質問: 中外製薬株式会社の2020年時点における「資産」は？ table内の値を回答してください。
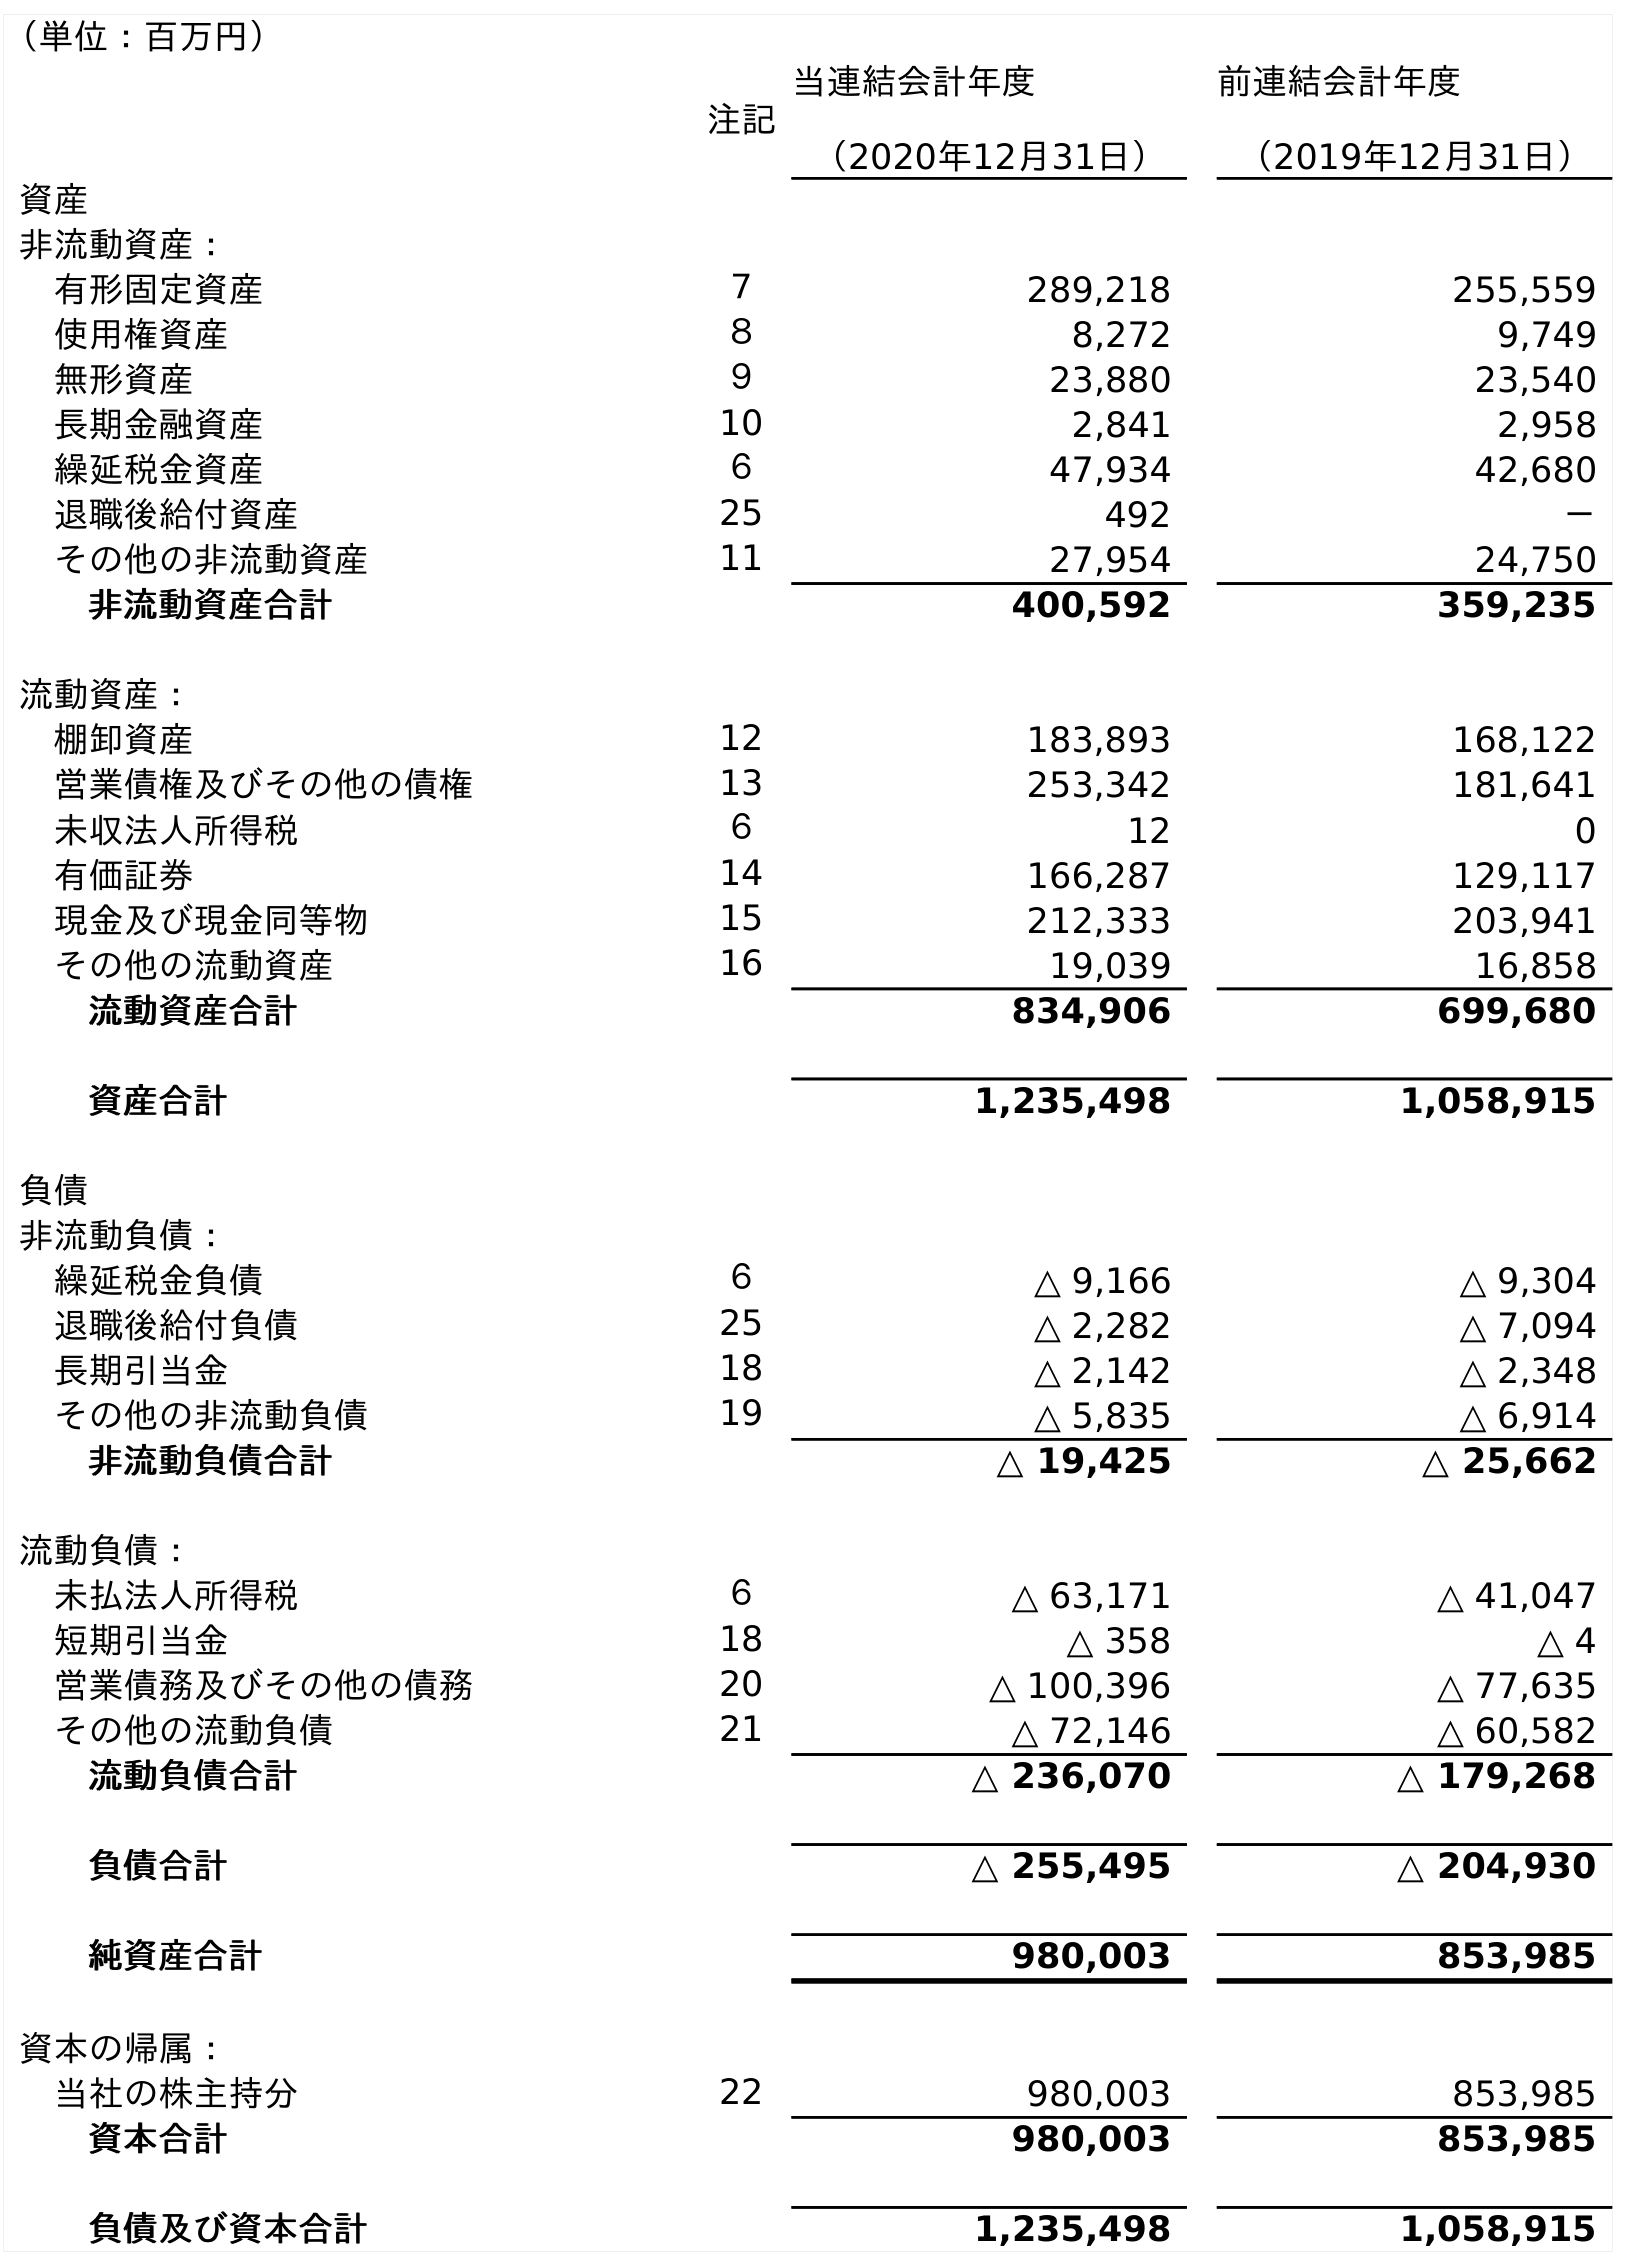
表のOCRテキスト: （単位：百万円） 注記 当連結会計年度 （2020年12月31日） 前連結会計年度 （2019年12月31日） 資産 非流動資産： 有形固定資産 ７ 289,218 255,559 使用権資産 ８ 8,272 9,749 無形資産 ９ 23,880 23,540 長期金融資産 10 2,841 2,958 繰延税金資産 ６ 47,934 42,680 退職後給付資産 25 492 － その他の非流動資産 11 27,954 24,750 非流動資産合計 400,592 359,235 流動資産： 棚卸資産 12 183,893 168,122 営業債権及びその他の債権 13 253,342 181,641 未収法人所得税 ６ 12 0 有価証券 14 166,287 129,117 現金及び現金同等物 15 212,333 203,941 その他の流動資産 16 19,039 16,858 流動資産合計 834,906 699,680 資産合計 1,235,498 1,058,915 負債 非流動負債： 繰延税金負債 ６ △ 9,166 △ 9,304 退職後給付負債 25 △ 2,282 △ 7,094 長期引当金 18 △ 2,142 △ 2,348 その他の非流動負債 19 △ 5,835 △ 6,914 非流動負債合計 △ 19,425 △ 25,662 流動負債： 未払法人所得税 ６ △ 63,171 △ 41,047 短期引当金 18 △ 358 △ 4 営業債務及びその他の債務 20 △ 100,396 △ 77,635 その他の流動負債 21 △ 72,146 △ 60,582 流動負債合計 △ 236,070 △ 179,268 負債合計 △ 255,495 △ 204,930 純資産合計 980,003 853,985 資本の帰属： 当社の株主持分 22 980,003 853,985 資本合計 980,003 853,985 負債及び資本合計 1,235,498 1,058,915
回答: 1,235,498